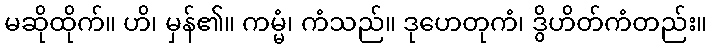
မဆိုထိုက်။ ဟိ၊ မှန်၏။ ကမ္မံ၊ ကံသည်။ ဒုဟေတုကံ၊ ဒွိဟိတ်ကံတည်း။